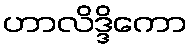
ဟာလိဒ္ဒိကော